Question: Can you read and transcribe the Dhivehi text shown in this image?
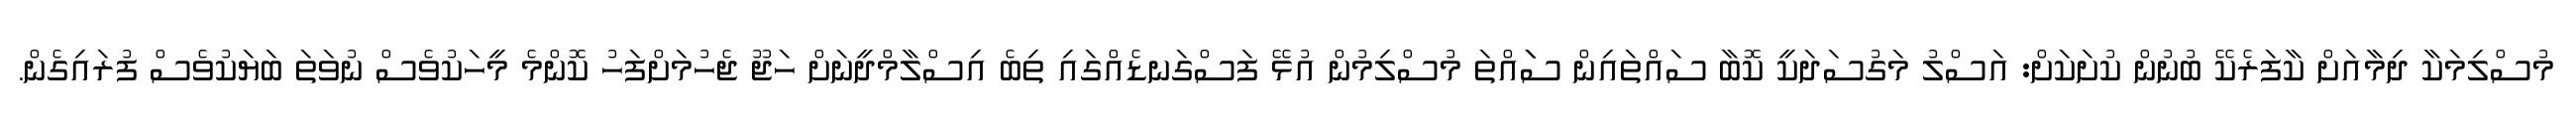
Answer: މުސްލިމަކާ ދިމާއަށް ކާފަރެކޭ ބުނުން ކުށަކަށް: އަސްލު މަގުސަދަކީ ކޮބާ ސައްތައިން ސަައްތަ މުސްލިމުން އުޅޭ ފަސްގަނޑެއްގައި ތިބެ އިސްލާމްދީނަށް ހަޖޫ ޖެހުމަށްފަހު ކޮންމެ މީހަކުވެސް ނުވަތަ ބަޔަކުވެސް ފުރައިގެން.